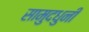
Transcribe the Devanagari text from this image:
सामुदधुनी